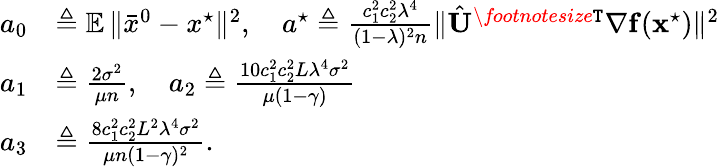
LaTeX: \begin{array}{rl}{a_{0}}&{\triangleq\mathop{\mathbb{E}}\| \bar{x}^{0}-x^{\star}\| ^{2},\quad a^{\star}\triangleq\frac{c_{1}^{2}c_{2}^{2}\lambda^{4}}{(1-\lambda)^{2}n}\| \hat{{\mathbf{U}}}^{\textit{\footnotesize\texttt{T}}}{\nabla}\mathbf{f}(\mathbf{x}^{\star})\| ^{2}}\\ {a_{1}}&{\triangleq\frac{2\sigma^{2}}{\mu n},\quad a_{2}\triangleq\frac{10c_{1}^{2}c_{2}^{2}L\lambda^{4}\sigma^{2}}{\mu(1-\gamma)}}\\ {a_{3}}&{\triangleq\frac{8c_{1}^{2}c_{2}^{2}L^{2}\lambda^{4}\sigma^{2}}{\mu n(1-\gamma)^{2}}.}\end{array}